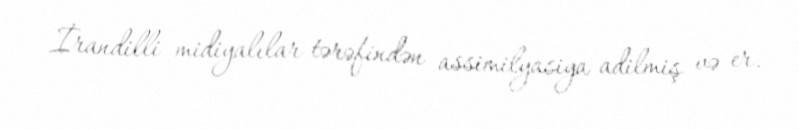
İrandilli midiyalılar tərəfindən assimilyasiya adilmiş və er.